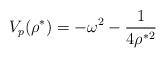
LaTeX: \begin{align*}V_p(\rho^*)=-\omega^2 -\frac{1}{4\rho^{*2}}\end{align*}